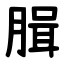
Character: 䐕